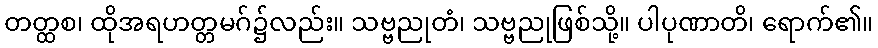
တတ္ထစ၊ ထိုအရဟတ္တမဂ်၌လည်း။ သဗ္ဗညုတံ၊ သဗ္ဗညုဖြစ်သို့။ ပါပုဏာတိ၊ ရောက်၏။